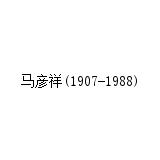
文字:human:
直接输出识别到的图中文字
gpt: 马彦祥(1907-1988)